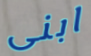
ابنى